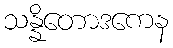
သန္နိတောဒကေန